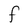
Character: F